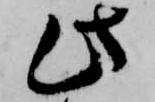
此